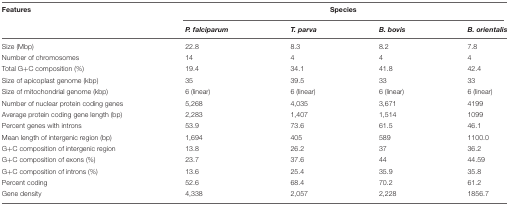
<table><thead><tr><td><b>Features</b></td><td colspan="4"><b>Species</b></td></tr><tr><td></td><td><b><i>P. falciparum</i></b></td><td><b><i>T. parva</i></b></td><td><b><i>B. bovis</i></b></td><td><b><i>B. orientalis</i></b></td></tr></thead><tbody><tr><td>Size (Mbp)</td><td>22.8</td><td>8.3</td><td>8.2</td><td>7.8</td></tr><tr><td>Number of chromosomes</td><td>14</td><td>4</td><td>4</td><td>4</td></tr><tr><td>Total G+C composition (%)</td><td>19.4</td><td>34.1</td><td>41.8</td><td>42.4</td></tr><tr><td>Size of apicoplast genome (kbp)</td><td>35</td><td>39.5</td><td>33</td><td>33</td></tr><tr><td>Size of mitochondrial genome (kbp)</td><td>6 (linear)</td><td>6 (linear)</td><td>6 (linear)</td><td>6 (linear)</td></tr><tr><td>Number of nuclear protein coding genes</td><td>5,268</td><td>4,035</td><td>3,671</td><td>4199</td></tr><tr><td>Average protein coding gene length (bp)</td><td>2,283</td><td>1,407</td><td>1,514</td><td>1099</td></tr><tr><td>Percent genes with introns</td><td>53.9</td><td>73.6</td><td>61.5</td><td>46.1</td></tr><tr><td>Mean length of intergenic region (bp)</td><td>1,694</td><td>405</td><td>589</td><td>1100.0</td></tr><tr><td>G+C composition of intergenic region</td><td>13.8</td><td>26.2</td><td>37</td><td>36.2</td></tr><tr><td>G+C composition of exons (%)</td><td>23.7</td><td>37.6</td><td>44</td><td>44.59</td></tr><tr><td>G+C composition of introns (%)</td><td>13.6</td><td>25.4</td><td>35.9</td><td>35.8</td></tr><tr><td>Percent coding</td><td>52.6</td><td>68.4</td><td>70.2</td><td>61.2</td></tr><tr><td>Gene density</td><td>4,338</td><td>2,057</td><td>2,228</td><td>1856.7</td></tr></tbody></table>